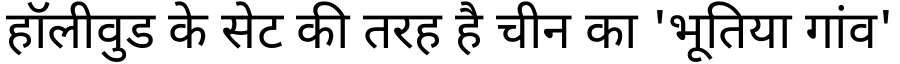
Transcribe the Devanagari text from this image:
हॉलीवुड के सेट की तरह है चीन का 'भूतिया गांव'